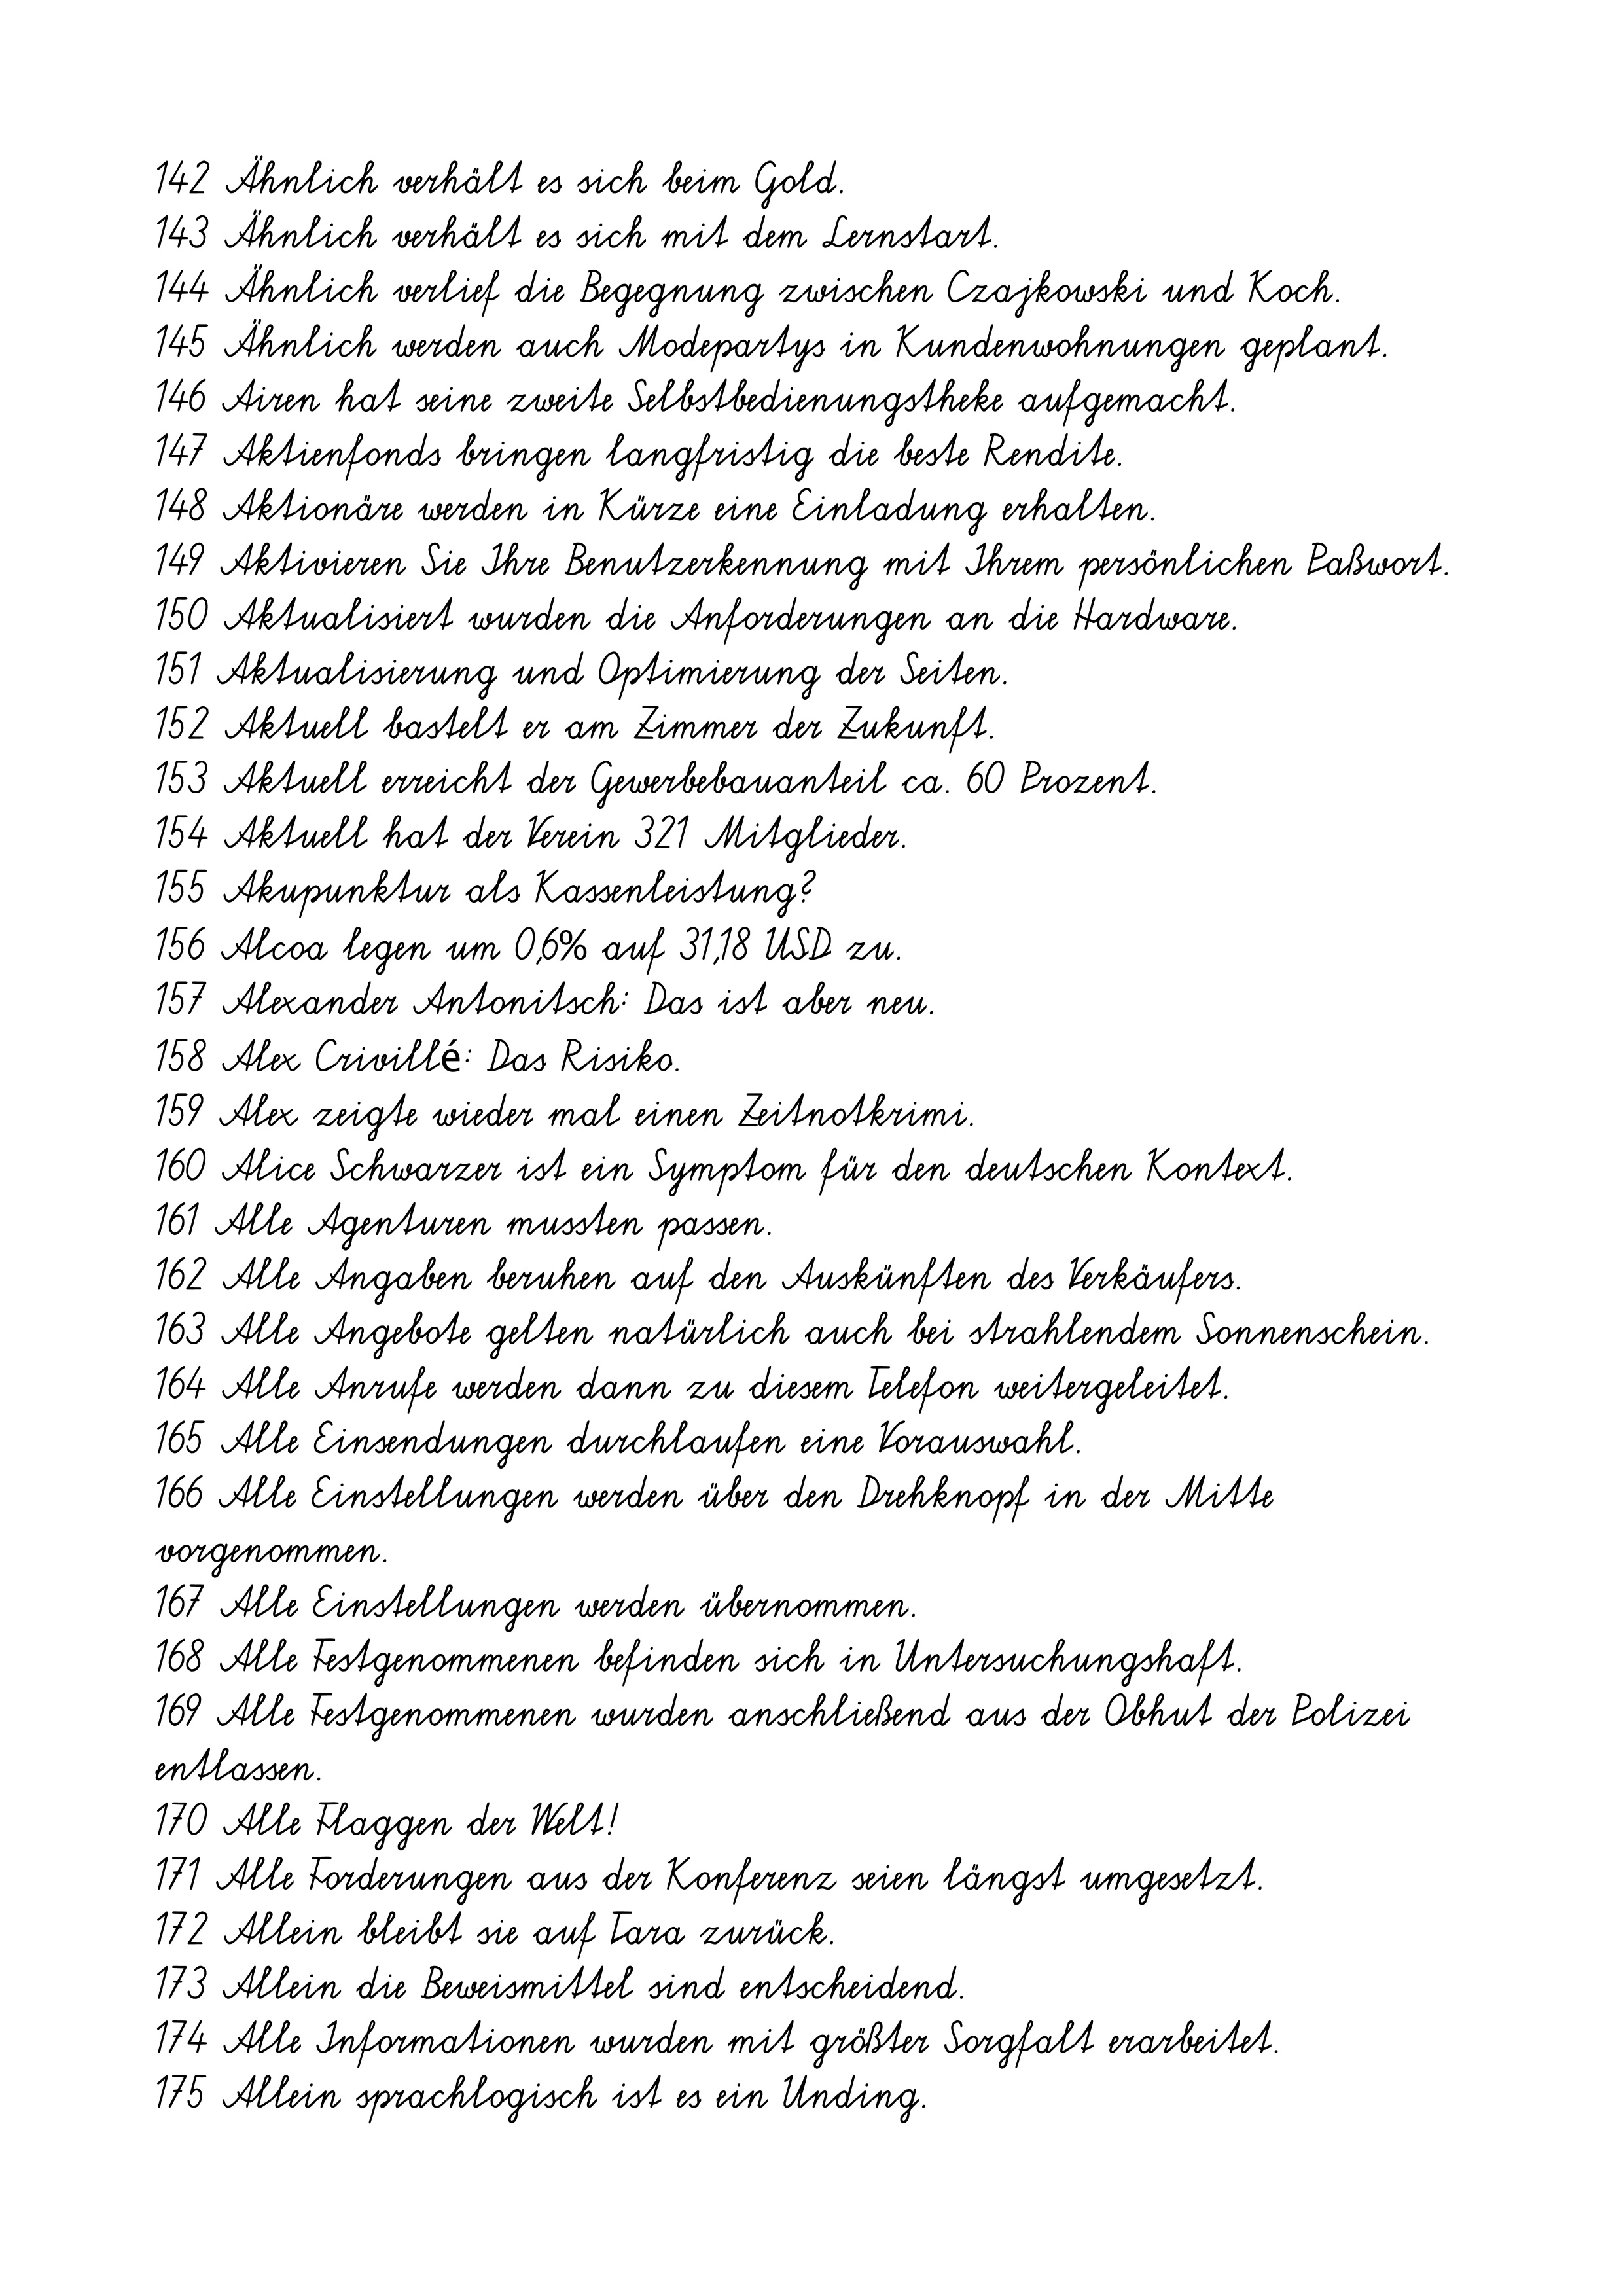
142 Ähnlich verhält es sich beim Gold.
143 Ähnlich verhält es sich mit dem Lernstart.
144 Ähnlich verlief die Begegnung zwischen Czajkowski und Koch.
145 Ähnlich werden auch Modepartys in Kundenwohnungen geplant.
146 Airen hat seine zweite Selbstbedienungstheke aufgemacht.
147 Aktienfonds bringen langfristig die beste Rendite.
148 Aktionäre werden in Kürze eine Einladung erhalten.
149 Aktivieren Sie Ihre Benutzerkennung mit Ihrem persönlichen Paßwort.
150 Aktualisiert wurden die Anforderungen an die Hardware.
151 Aktualisierung und Optimierung der Seiten.
152 Aktuell bastelt er am Zimmer der Zukunft.
153 Aktuell erreicht der Gewerbebauanteil ca. 60 Prozent.
154 Aktuell hat der Verein 321 Mitglieder.
155 Akupunktur als Kassenleistung?
156 Alcoa legen um 0,6% auf 31,18 USD zu.
157 Alexander Antonitsch: Das ist aber neu.
158 Alex Crivillé: Das Risiko.
159 Alex zeigte wieder mal einen Zeitnotkrimi.
160 Alice Schwarzer ist ein Symptom für den deutschen Kontext.
161 Alle Agenturen mussten passen.
162 Alle Angaben beruhen auf den Auskünften des Verkäufers.
163 Alle Angebote gelten natürlich auch bei strahlendem Sonnenschein.
164 Alle Anrufe werden dann zu diesem Telefon weitergeleitet.
165 Alle Einsendungen durchlaufen eine Vorauswahl.
166 Alle Einstellungen werden über den Drehknopf in der Mitte
vorgenommen.
167 Alle Einstellungen werden übernommen.
168 Alle Festgenommenen befinden sich in Untersuchungshaft.
169 Alle Festgenommenen wurden anschließend aus der Obhut der Polizei
entlassen.
170 Alle Flaggen der Welt!
171 Alle Forderungen aus der Konferenz seien längst umgesetzt.
172 Allein bleibt sie auf Tara zurück.
173 Allein die Beweismittel sind entscheidend.
174 Alle Informationen wurden mit größter Sorgfalt erarbeitet.
175 Allein sprachlogisch ist es ein Unding.